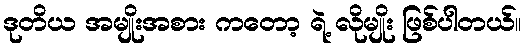
ဒုတိယ အမျိုးအစား ကတော့ ရဲ့ လိုမျိုး ဖြစ်ပါတယ်။